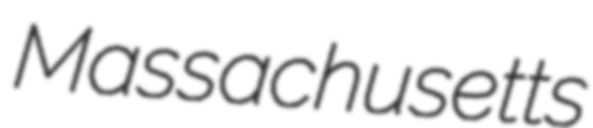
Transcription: Massachusetts